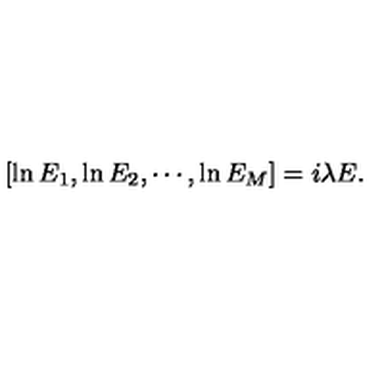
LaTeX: [ \ln E _ { 1 } , \ln E _ { 2 } , \cdots , \ln E _ { M } ] = i \lambda E .